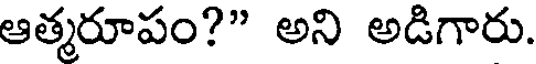
ఆత్మరూపం?" అని అడిగారు.